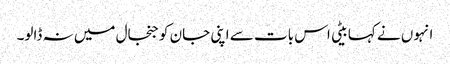
انہوں نے کہا بیٹی اس بات سے اپنی جان کو جنجال میں نہ ڈالو۔